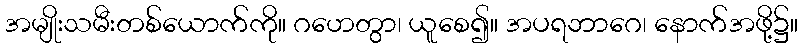
အမျိုးသမီးတစ်ယောက်ကို။ ဂဟေတွာ၊ ယူစေ၍။ အပရဘာဂေ၊ နောက်အဖို့၌။